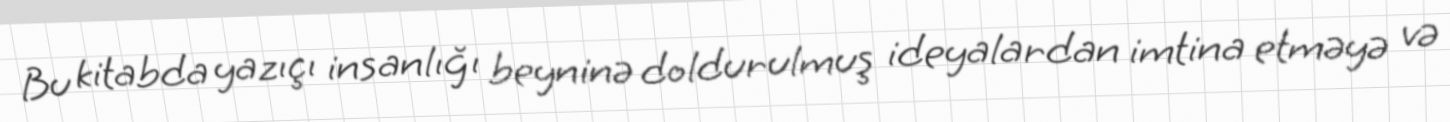
Bu kitabda yazıçı insanlığı beyninə doldurulmuş ideyalardan imtina etməyə və